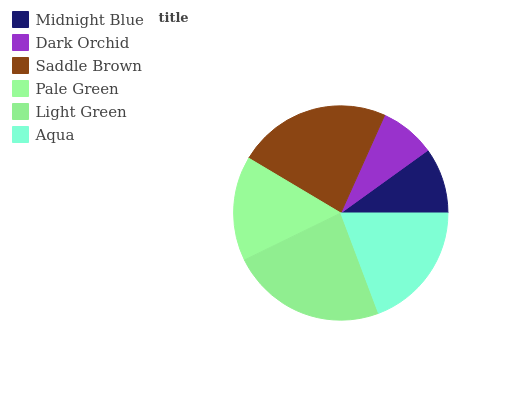
| Midnight Blue | Dark Orchid | Saddle Brown | Pale Green | Light Green | Aqua |
 | --- | --- | --- | --- | --- | --- |
 | 9.92% | 8.35% | 23.2% | 15.8% | 23.5% | 19.2% |